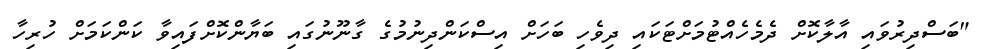
"ބަސްދިރުވައި އާލާކޮށް ދެމެހެއްޓުމަށްޓަކައި ދިވެހި ބަހަށް އިސްކަންދިނުމުގެ ގާނޫނުގައި ބަޔާންކޮށްފައިވާ ކަންކަމަށް ހުރިހާ